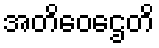
အတိဝေဌေတိ